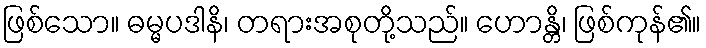
ဖြစ်သော။ ဓမ္မပဒါနိ၊ တရားအစုတို့သည်။ ဟောန္တိ၊ ဖြစ်ကုန်၏။